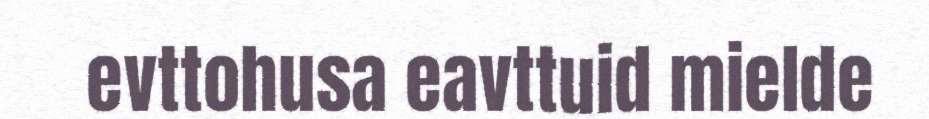
evttohusa eavttuid mielde